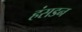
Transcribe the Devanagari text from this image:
हंसडन